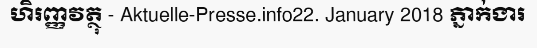
ហិរញ្ញវត្ថុ - Aktuelle-Presse.info22. January 2018 ភ្នាក់ងារ